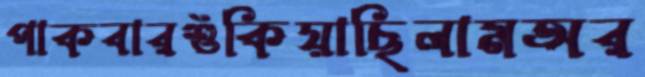
পাকবারশুঁকিয়াছিলামঅর